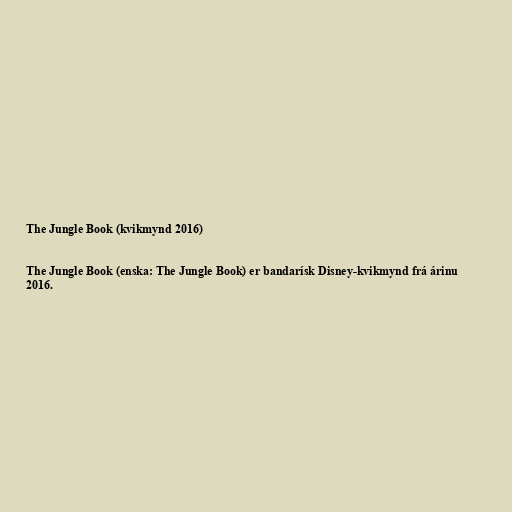
The Jungle Book (kvikmynd 2016)

The Jungle Book (enska: The Jungle Book) er bandarísk Disney-kvikmynd frá árinu
2016.